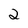
Character: 2